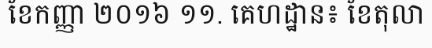
ខែកញ្ញា ២០១៦ ១១. គេហដ្ឋាន៖ ខែតុលា